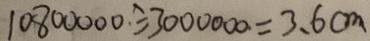
1 0 8 0 0 0 0 0 \div 3 0 0 0 0 0 0 = 3 . 6 c m